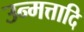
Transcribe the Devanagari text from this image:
उन्मत्तादि